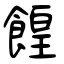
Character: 餭